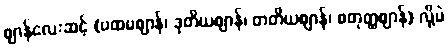
ဈာန်လေးဆင့် (ပထမဈာန်၊ ဒုတိယဈာန်၊ တတိယဈာန်၊ စတုတ္ထဈာန်) လို့ပဲ